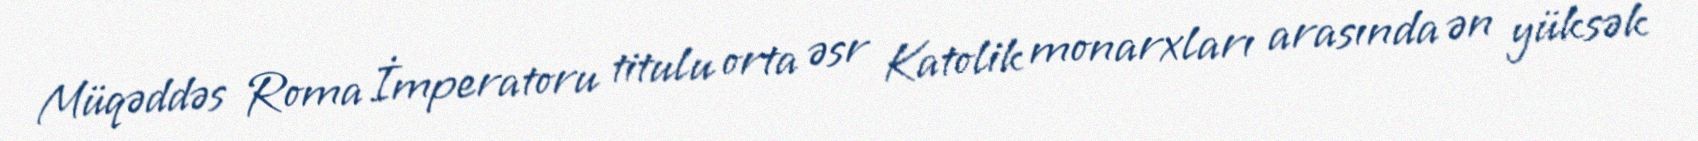
Müqəddəs Roma İmperatoru titulu orta əsr Katolik monarxları arasında ən yüksək